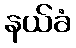
နယ်ခံ